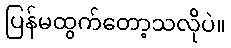
ပြန်မထွက်တော့သလိုပဲ။